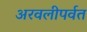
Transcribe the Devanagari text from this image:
अरवलीपर्वत